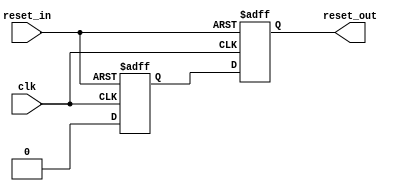
//
// Copyright 2011 Ettus Research LLC
//




module reset_sync
  (input clk,
   input reset_in,
   output  reset_out);

   reg 	   reset_int;

   reg 	   reset_out_tmp;

   //synthesis attribute async_reg of reset_out_tmp is "true";
   //synthesis attribute async_reg of reset_int is "true";
   always @(posedge clk or posedge reset_in)
     if(reset_in)
       {reset_out_tmp,reset_int} <= 2'b11;
     else
       {reset_out_tmp,reset_int} <= {reset_int,1'b0};

   assign reset_out = reset_out_tmp;


endmodule // reset_sync